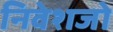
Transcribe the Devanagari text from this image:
निवेशजो